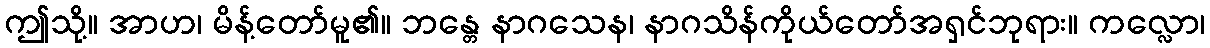
ဤသို့။ အာဟ၊ မိန့်တော်မူ၏။ ဘန္တေ နာဂသေန၊ နာဂသိန်ကိုယ်တော်အရှင်ဘုရား။ ကလ္လော၊